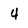
Character: 4